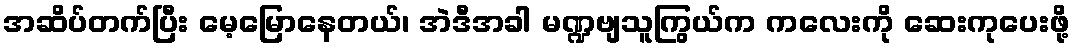
အဆိပ်တက်ပြီး မေ့မြောနေတယ်၊ အဲဒီအခါ မဏ္ဍဗျသူကြွယ်က ကလေးကို ဆေးကုပေးဖို့